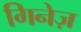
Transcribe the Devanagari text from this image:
गिनेज़